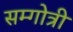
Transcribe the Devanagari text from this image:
सम्गोत्री